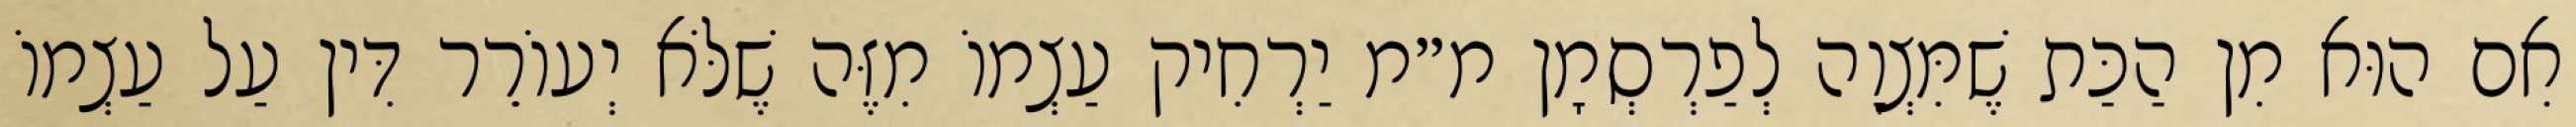
אִם הוּא מִן הַכַּת שֶׁמִּצְוָה לְפַרְסְמָן מ״מ יַרְחִיק עַצְמוֹ מִזֶּה שֶׁלֹּא יְעוֹרֵר דִּין עַל עַצְמוֹ